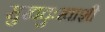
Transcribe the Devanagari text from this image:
सुखदुःखाशी